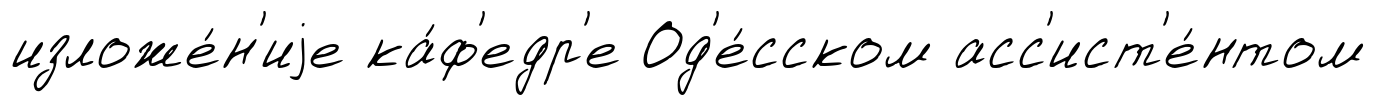
изложе́н'иjе ка́ф'едр'е Од'е́сском асс'ист'е́нтом